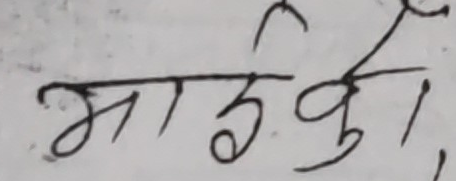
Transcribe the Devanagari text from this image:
भाईको,